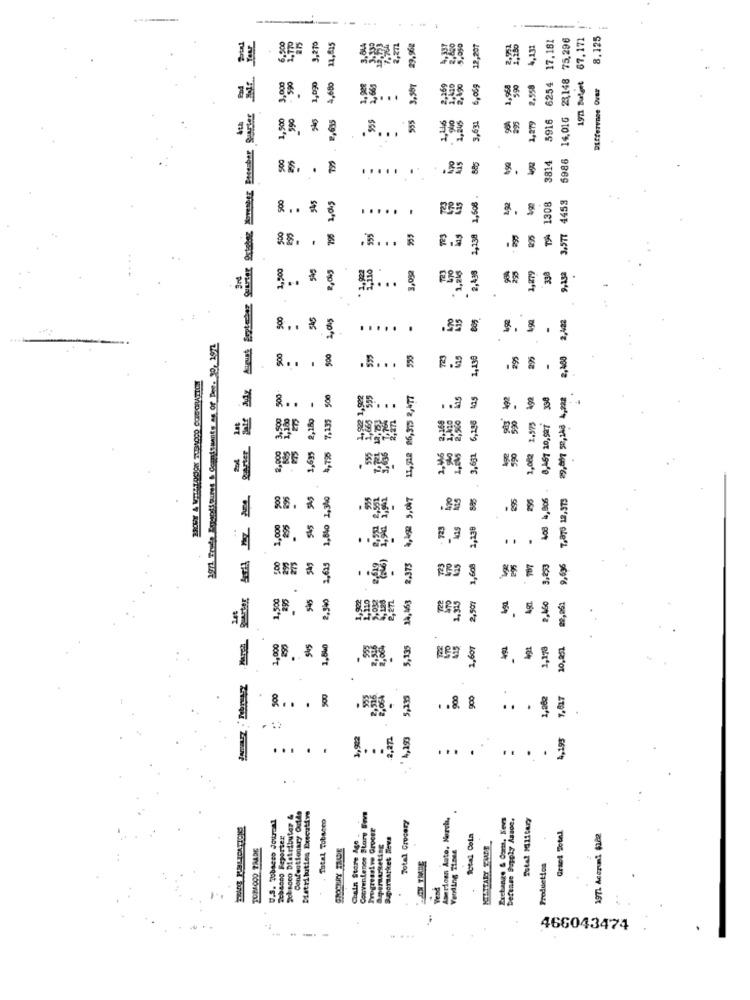
6254 17.181
14,016 23,148 75,296
197 Mulent 67.171
8.125
2.770
9,270
11,615
29.962
5,050
12,207
4,132
3,000
590
4.680
1,928
1,661
2,169
1,06g
1,958
1,279 2,558
Difference Over
.
1,500
555
1,279
5916
2,615
1,46
90%
..
300
3814
5986
.
.....
500
.
945
1,608
192
3.577 4453
1,0%5
.
Lis
1308
.....
T94
795
723
2,138
BSA5
1,500
2,0kg
2,438
330
9,45ª
.
500
2,045
415
2,422
..... .
2071 Trade Eyupiitures & Cogpisuants as of Bone. 30, 1972
500
500
555
235
1,139
295
2,400
. .. . &
500-
500
.92 1,522
595
11,518 26,335 2,477
ins
105
2 ..
3,500
1,180
. &
2,160
7,135
6,298
3. 3 . ..
2.575
8,467 20,507
Quester
2,000
4,795
1,000
500
295
"AS
1.840 1,340
955
,4 3,047
Ago
235
295
408 4,806
7,879 18,973
1,000
2:95
545
123
Aas
2,130
.
.. . 3
200
2.375
275
2,625
425
1,608
295
9,696
guarter
1,500
545
.340
14,463
2,507
2.450
SABRE S
1,000
5,135
1,607
491
1,178
10,851
.
500
500
.
316
5,135
900
900
.
. . . .
.
.:
,942
4,293
4,195
...
.
...
U.S. 700aces Journal
Sebanco Diatributer &
Confectionary Outde
Distribution Executive
. Total Tobacco
Convenience Story Fre
American Auto, Herch.
Exchange & Corts, Kievs
Defense Supply Assoc.
Sutal Military
Progressive Groove
Total Grocery
Tobacco Feporter
Chain Store Age
Saporaatket Teve
Total Cola
Graet Sotel
1971 Acezum1 $182
Vending 11.men
ON TRADE
Production
Vend
466043474